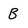
Character: B